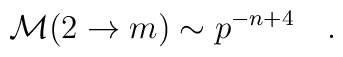
{\cal M}(2\rightarrow m)\sim p^{-n+4}\quad.